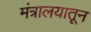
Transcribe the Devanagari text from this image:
मंत्रालयातून